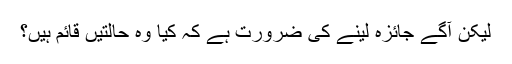
لیکن آگے جائزہ لینے کی ضرورت ہے کہ کیا وہ حالتیں قائم ہیں؟